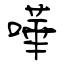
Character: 嘩